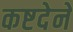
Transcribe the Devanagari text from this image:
कष्टदेने